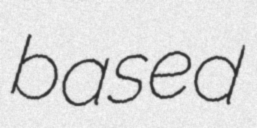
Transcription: based